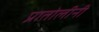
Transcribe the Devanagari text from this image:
प्रातोलीनी